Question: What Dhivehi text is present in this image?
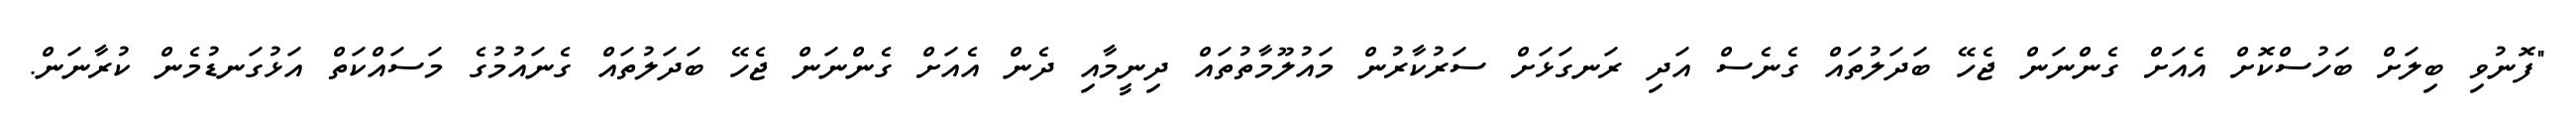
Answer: "ފޮނުވި ބިލަށް ބަހުސްކޮށް އެއަށް ގެންނަން ޖެހޭ ބަދަލުތައް ގެނެސް އަދި ރަނގަޅަށް ސަރުކާރުން މައުލޫމާތުތައް ދިނީމާއި ދެން އެއަށް ގެންނަން ޖެހޭ ބަދަލުތައް ގެނައުމުގެ މަސައްކަތް އަޅުގަނޑުމެން ކުރާނަން.